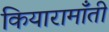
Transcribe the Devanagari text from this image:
कियारामॉँती